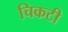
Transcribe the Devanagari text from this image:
चिकटी